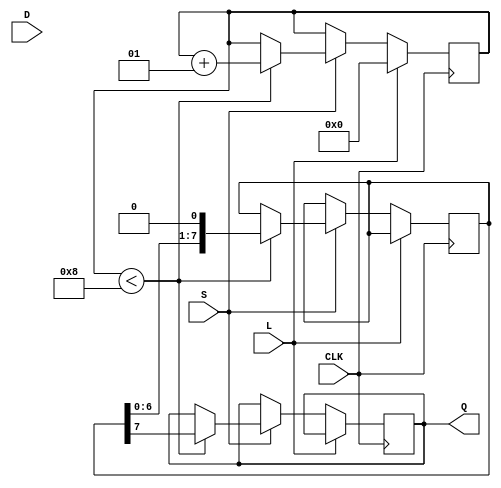
module TwoStagePISO #
(
    parameter N = 8  // Number of parallel input bits
)
(
    input wire [N-1:0] D,  // Parallel data input
    input wire L,          // Load control signal
    input wire S,          // Shift control signal
    input wire CLK,        // Clock signal
    output reg Q           // Serial output
);

    // Internal registers for two stages of flip-flops
    reg [N-1:0] stage1;    // First stage
    reg [N-1:0] stage2;    // Second stage
    integer cnt;           // Counter for shifting

    always @(posedge CLK) begin
        // Loading data into the first stage
        if (L) begin
            stage1 <= D;   // Load parallel data into first stage
            stage2 <= stage2; // Keep stage 2 unchanged
            cnt <= 0;      // Reset shift counter
        end
        // Shifting operation
        else if (S) begin
            if (cnt < N) begin
                if (cnt == 0) begin
                    // Load data from stage1 to stage2 at the first shift
                    stage2 <= stage1;
                end
                // Shift out the MSB of stage2
                Q <= stage2[N-1]; 
                // Shift stage2 left
                stage2 <= {stage2[N-2:0], 1'b0};
                cnt <= cnt + 1; // Increment shift counter
            end
        end
    end

endmodule